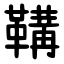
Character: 鞲